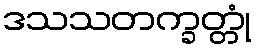
ဒသသတက္ခတ္တုံ